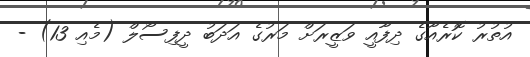
އުތުރު ކޮރެއާގެ ދިފާއީ ވަޒީރަށް މަރުގެ އަދަބު ދީފިސޯލް (މެއި 13) -